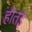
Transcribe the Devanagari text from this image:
होतई